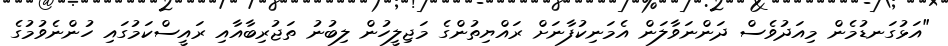
"އަޅުގަނޑުމެން މިއަދުވެސް ދަންނަވާލަން އެމަނިކުފާނަށް ރައްޔިތުންގެ މަޖިލީހުން ލިބުނު ތަޖުރިބާއާއި ރައީސްކަމުގައި ހުންނެވުމުގެ